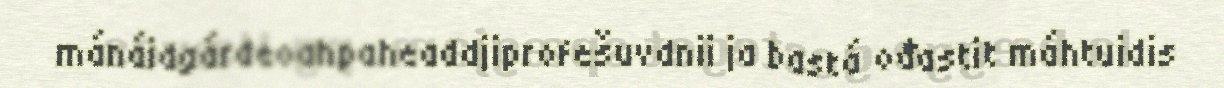
mánáidgárdeoahpaheaddjiprofešuvdnii ja bastá ođastit máhtuidis